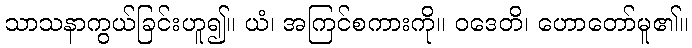
သာသနာကွယ်ခြင်းဟူ၍။ ယံ၊ အကြင်စကားကို။ ဝဒေတိ၊ ဟောတော်မူ၏။